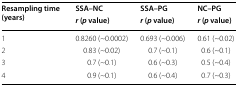
<table><thead><tr><td rowspan="2"><b>Resampling time (years)</b></td><td><b>SSA–NC</b></td><td><b>SSA–PG</b></td><td><b>NC–PG</b></td></tr><tr><td><b><i>r</i> (<i>p</i> value)</b></td><td><b><i>r</i> (<i>p</i> value)</b></td><td><b><i>r</i> (<i>p</i> value)</b></td></tr></thead><tbody><tr><td>1</td><td>0.8260 (~0.0002)</td><td>0.693 (~0.006)</td><td>0.61 (~0.02)</td></tr><tr><td>2</td><td>0.83 (~0.02)</td><td>0.7 (~0.1)</td><td>0.6 (~0.1)</td></tr><tr><td>3</td><td>0.7 (~0.1)</td><td>0.6 (~0.3)</td><td>0.5 (~0.4)</td></tr><tr><td>4</td><td>0.9 (~0.1)</td><td>0.6 (~0.4)</td><td>0.7 (~0.3)</td></tr></tbody></table>